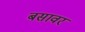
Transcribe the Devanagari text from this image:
बसावर